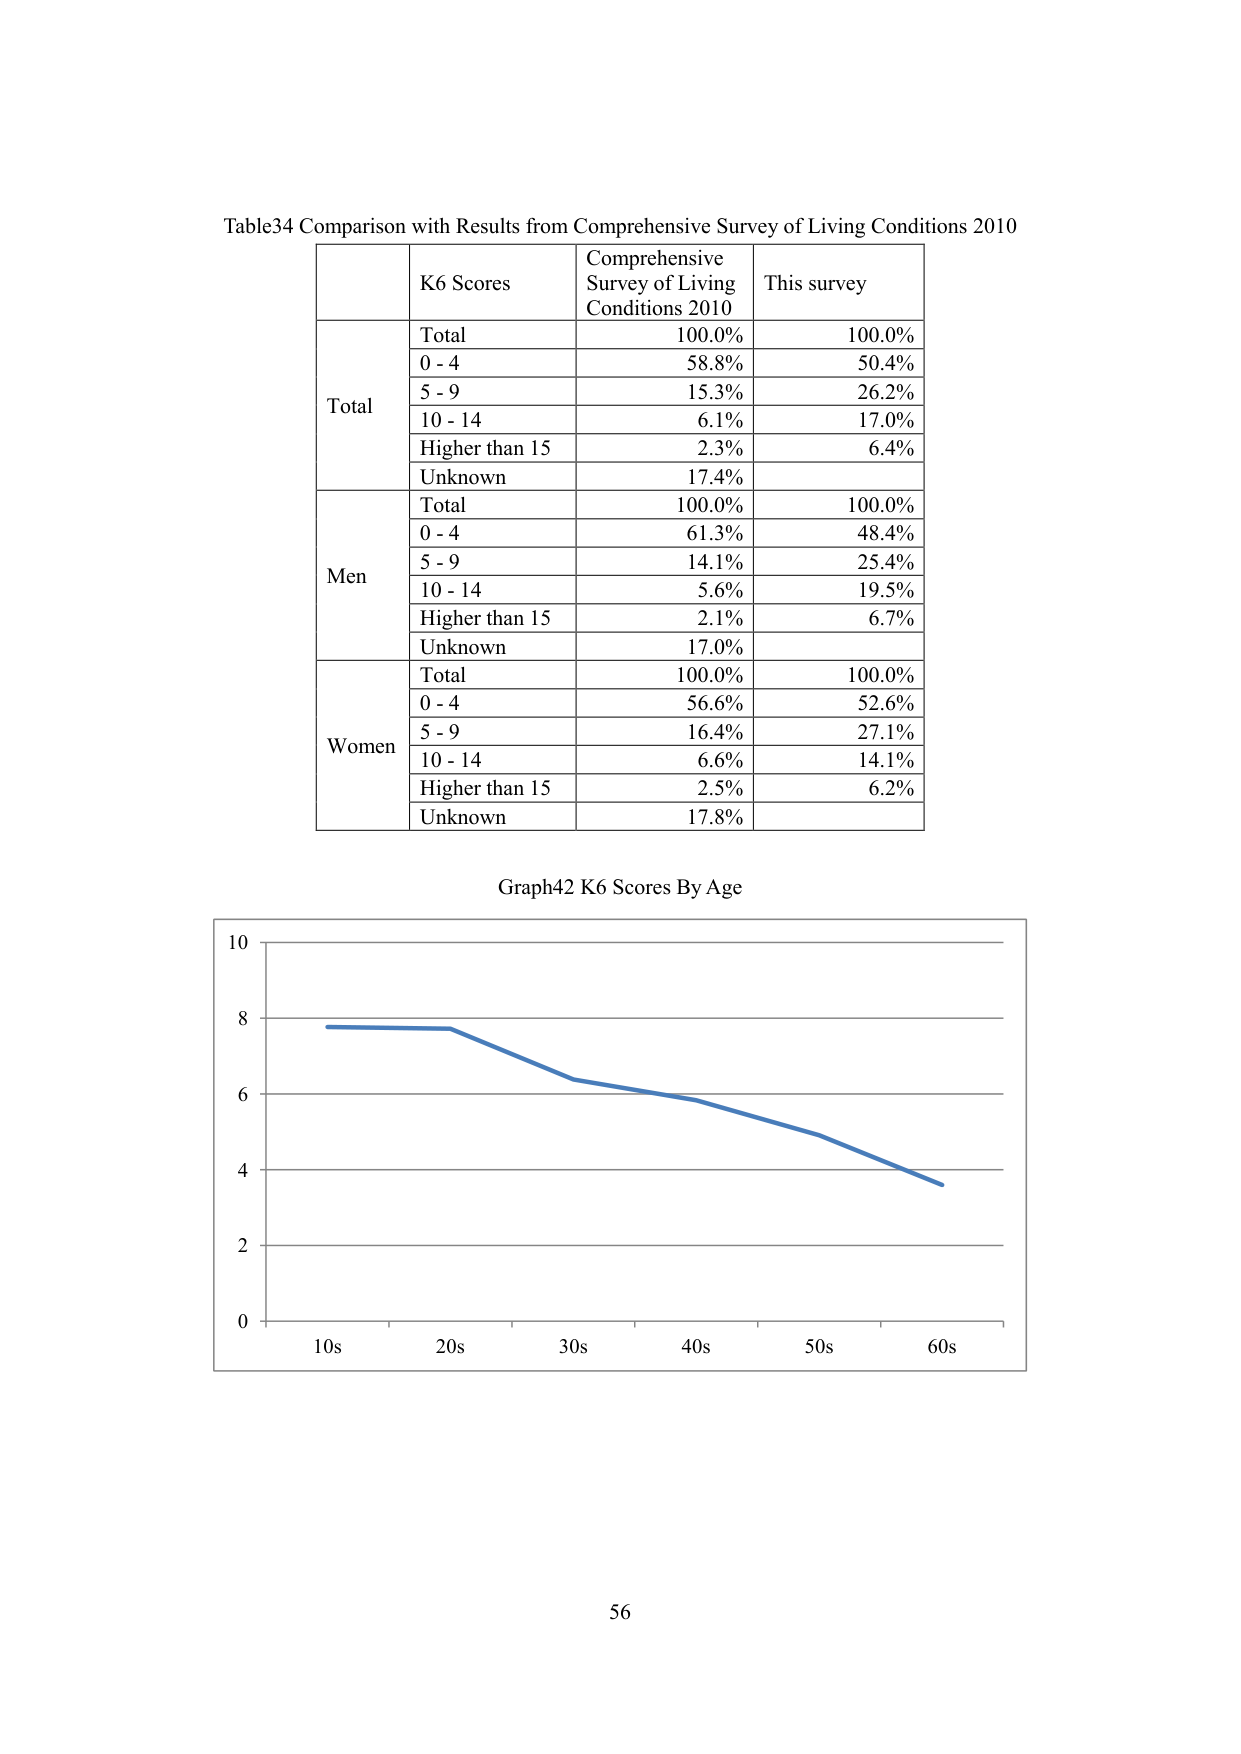
Table34 Comparison with Results from Comprehensive Survey of Living Conditions 2010

K6 Scores
Comprehensive Survey of Living Conditions 2010
This survey

Total
Total 100.0% 100.0%
0 - 4 58.8% 50.4%
5 - 9 15.3% 26.2%
10 - 14 6.1% 17.0%
Higher than 15 2.3% 6.4%
Unknown 17.4%

Men
Total 100.0% 100.0%
0 - 4 61.3% 48.4%
5 - 9 14.1% 25.4%
10 - 14 5.6% 19.5%
Higher than 15 2.1% 6.7%
Unknown 17.0%

Women
Total 100.0% 100.0%
0 - 4 56.6% 52.6%
5 - 9 16.4% 27.1%
10 - 14 6.6% 14.1%
Higher than 15 2.5% 6.2%
Unknown 17.8%

Graph42 K6 Scores By Age

10
8
6
4
2
0
10s 20s 30s 40s 50s 60s

56